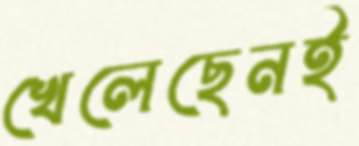
খেলেছেনই